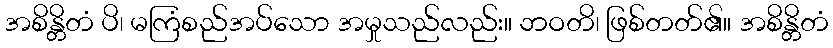
အစိန္တိတံ ပိ၊ မကြံစည်အပ်သော အမှုသည်လည်း။ ဘဝတိ၊ ဖြစ်တတ်၏။ အစိန္တိတံ